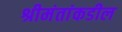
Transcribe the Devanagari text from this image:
श्रीमंतांकडील